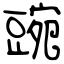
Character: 豌